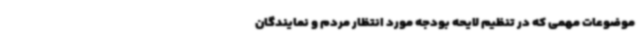
موضوعات مهمی که در تنظیم لایحه بودجه مورد انتظار مردم و نمایندگان